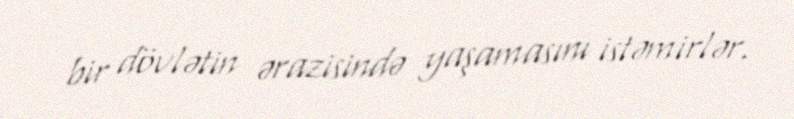
bir dövlətin ərazisində yaşamasını istəmirlər.